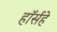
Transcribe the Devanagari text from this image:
हॉर्सहे